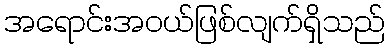
အရောင်းအဝယ်ဖြစ်လျက်ရှိသည်